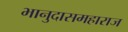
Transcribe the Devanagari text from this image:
भानुदासमहाराज